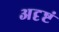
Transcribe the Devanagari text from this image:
अदृष्टं